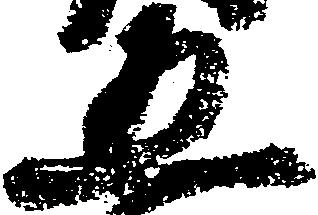
五